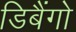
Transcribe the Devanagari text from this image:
डिबैंगो